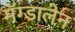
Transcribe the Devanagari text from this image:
मॅग्डालेन